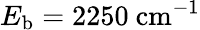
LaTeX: E_{\mathrm{b}}=2250\ \mathrm{cm}^{-1}